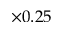
\times 0 . 2 5